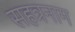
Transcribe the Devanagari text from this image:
सहत्रनाम